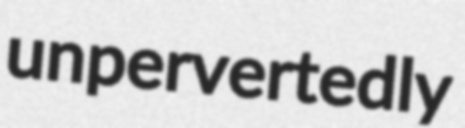
unpervertedly